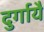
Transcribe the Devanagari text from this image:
दुर्गायै